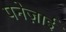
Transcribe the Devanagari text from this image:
पनेज़ाई